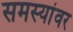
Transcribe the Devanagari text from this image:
समस्‍यांवर